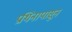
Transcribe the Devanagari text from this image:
प्रथिनापासून